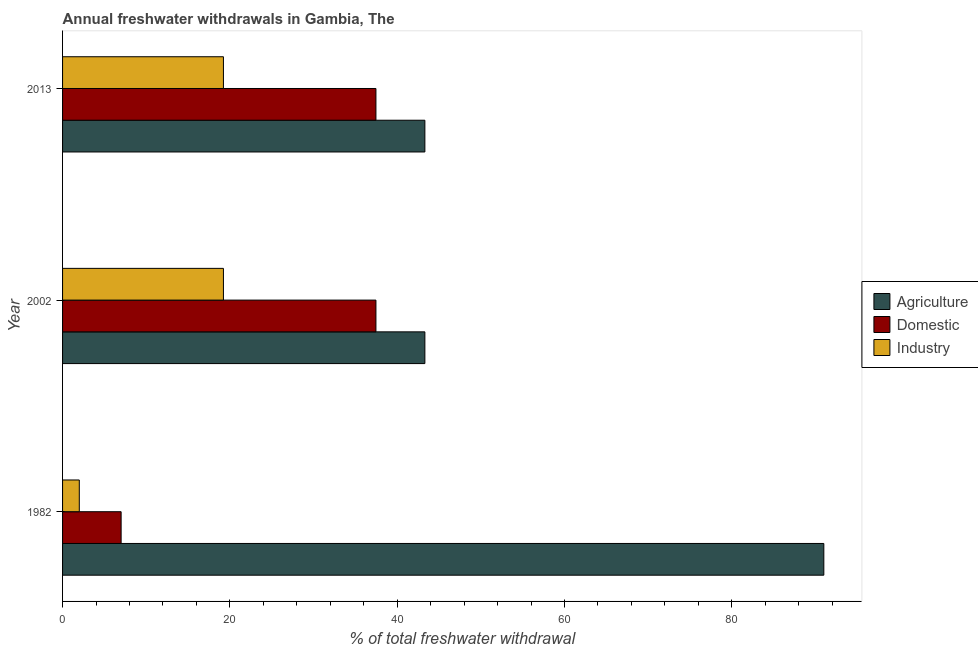
| Year | Agriculture | Domestic | Industry |
 | --- | --- | --- | --- |
 | 1982 | 91 | 7 | 2 |
 | 2002 | 43.3 | 37.5 | 19.2 |
 | 2013 | 43.3 | 37.5 | 19.2 |